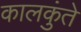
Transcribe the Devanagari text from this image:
कालकुंते